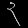
Digit: ၃